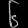
Digit: ၆